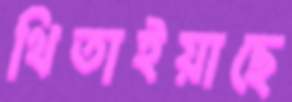
থিতাইয়াছে